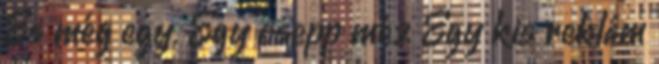
És még egy. Egy csepp méz Egy kis reklám